38_143685_box_Incident_Summaries_101-172
Agency: Department of War
Page 94
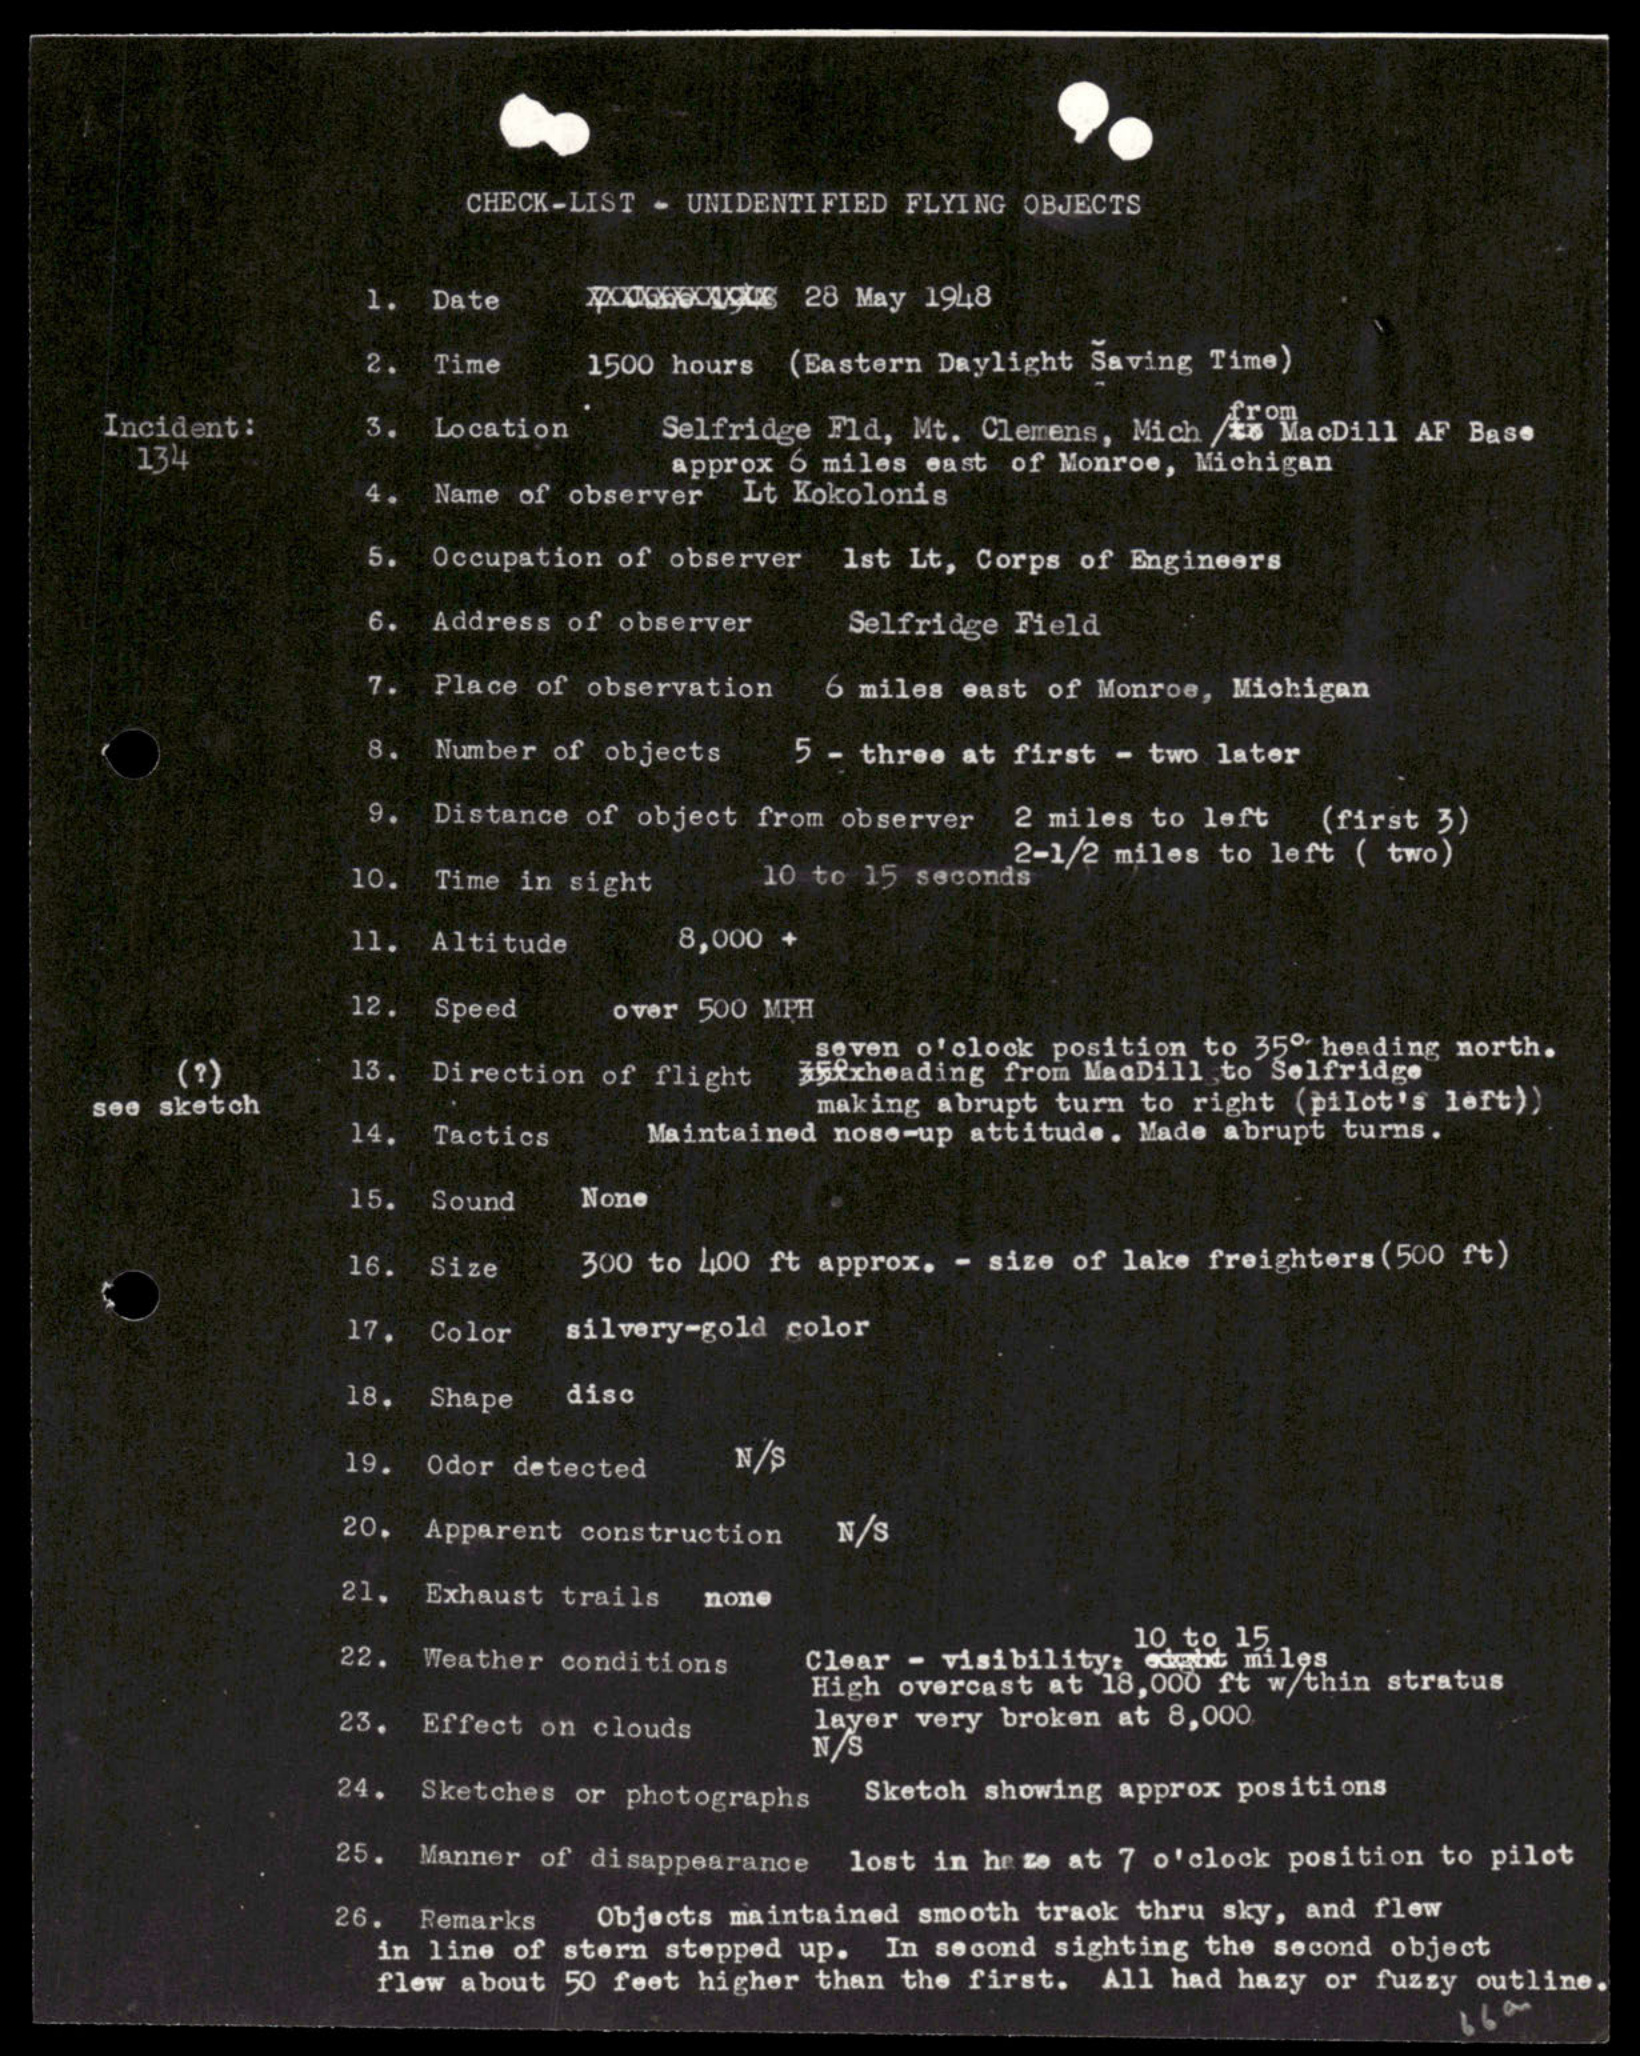